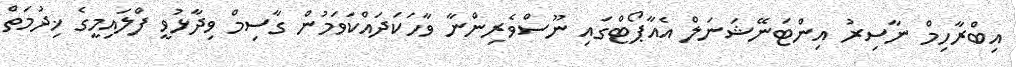
އިބްރާހިމް ނާސިރު އިންޓަނޭޝަނަލް އެއާޕޯޓްގައި ނޫސްވެރިންނާ ވާހަކަދައްކަވަމުން ގާސިމް ވިދާޅުވީ ފްލައިމީގެ ޚިދުމަތް